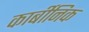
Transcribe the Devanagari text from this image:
कार्बीनिक